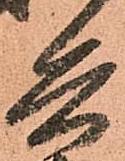
兵